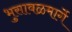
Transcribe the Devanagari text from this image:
भुसावळमार्गे